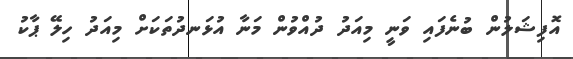
އޮފިޝަލުން ބުނެފައި ވަނީ މިއަދު ދުއްވުން މަނާ އުޅަނދުތަކަށް މިއަދު ހިލޭ ޕާކު